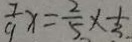
\frac { 7 } { 9 } x = \frac { 2 } { 5 } \times \frac { 1 } { 3 . }